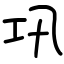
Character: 巩